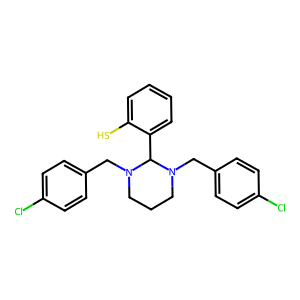
SMILES: Sc1ccccc1C1N(Cc2ccc(Cl)cc2)CCCN1Cc1ccc(Cl)cc1
Inhibits HIV replication: No